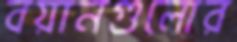
বয়ানগুলোর